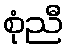
စုံညီ